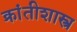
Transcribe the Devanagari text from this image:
क्रांतीशास्त्र